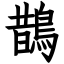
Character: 鵲